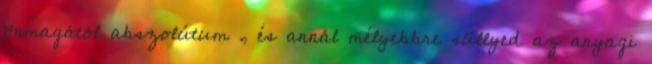
önmagától abszolútum , és annál mélyebbre süllyed az anyagi